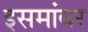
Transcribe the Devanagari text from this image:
इसमांवर